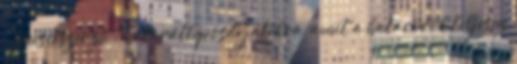
- pecsétszerzõ - határátlépõsdi játékra, amit a határõrök teljesen